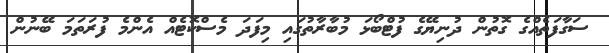
ސަގާފަތެއްގެ ގޮތުން ދުނިޔޭގެ ފުޓްބޯޅަ މުބާރާތުގައި މިފަދަ މެސްކޮޓެއް އެންމެ ފުރަތަމަ ބޭނުން